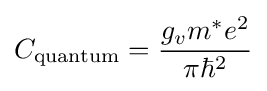
C_{\text{quantum}}={\frac {g_{v}m^{*}e^{2}}{\pi \hbar ^{2}}}